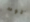
توت